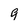
Character: 9